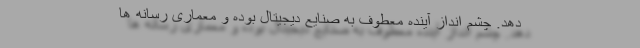
دهد. چشم انداز آینده معطوف به صنایع دیجیتال بوده و معماری رسانه ها